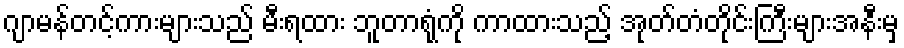
ဂျာမန်တင့်ကားများသည် မီးရထား ဘူတာရုံကို ကာထားသည့် အုတ်တံတိုင်းကြီးများအနီးမှ